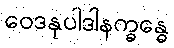
ဝေဒနုပါဒါနက္ခန္ဓေ